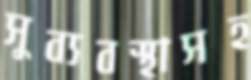
সুব্যবস্থাসহ